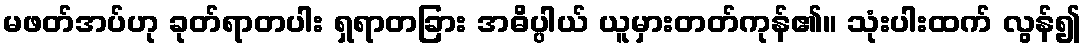
မဖတ်အပ်ဟု ခုတ်ရာတပါး ရှရာတခြား အဓိပ္ပါယ် ယူမှားတတ်ကုန်၏။ သုံးပါးထက် လွန်၍